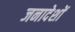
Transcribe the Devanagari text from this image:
जनादेशों